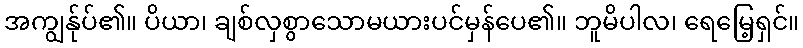
အကျွန်ုပ်၏။ ပိယာ၊ ချစ်လှစွာသောမယားပင်မှန်ပေ၏။ ဘူမိပါလ၊ ရေမြေ့ရှင်။